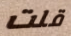
قلت